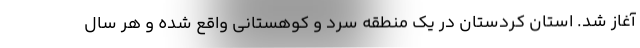
آغاز شد. استان کردستان در یک منطقه سرد و کوهستانی واقع شده و هر سال